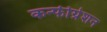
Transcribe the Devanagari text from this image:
कन्फीग्रेशन